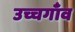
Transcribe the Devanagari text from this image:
उच्चगाँव